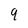
Character: 9